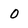
Character: 0